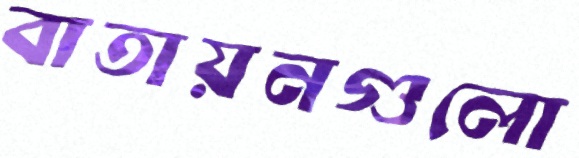
বাতায়নগুলো